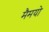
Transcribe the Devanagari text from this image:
मैमयो